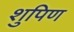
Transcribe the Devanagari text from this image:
शुपिण